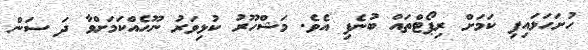
ހުށަހަޅައިފި ކަމަށް ރިޕޯޓްތައް ބުނެފި އެވެ. މަޝްހޫރު ކުޅިވަރު ނޫހެއްކަމަށްވާ ދަ ސަން